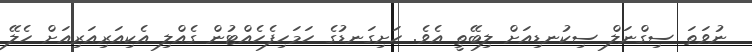
ނުވަތަ ސިގްނަލް ސިކުނޑިއަށް ލިބޭތީ އެވެ. ހަށިގަނޑުގެ ހަމަހިފެހެއްޓުން ގެއްލި އެކިއަރިއަރިއަށް ހެލޭ